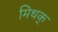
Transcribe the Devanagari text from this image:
मिथक्